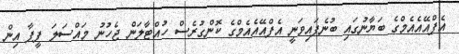
އެފްއޭއެއެމްގެ ބަޔާނުގައި ބުނެފައިވަނީ އެފްއޭއެއެމްގެ ކޮންގުރެސް ހުއްޓާލަން ޖެހުނު މައްސަލަ ފީފާ އިން